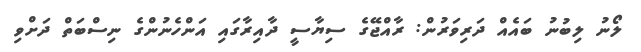
ލޯނު ލިބުނު ބައެއް ދަރިވަރުން: ރާއްޖޭގެ ސިޔާސީ ދާއިރާގައި އަންހެނުންގެ ނިސްބަތް ދަށްވި